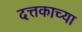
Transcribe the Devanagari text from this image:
दत्तकाच्या